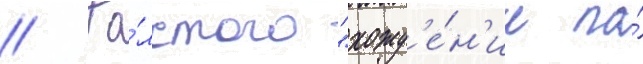
// То́лстого "хожд'е́н'ие по́